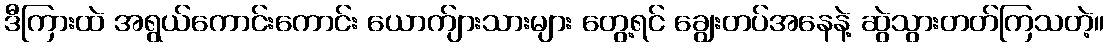
ဒီကြားထဲ အရွယ်ကောင်းကောင်း ယောက်ျားသားများ တွေ့ရင် ချွေးတပ်အနေနဲ့ ဆွဲသွားတတ်ကြသတဲ့။